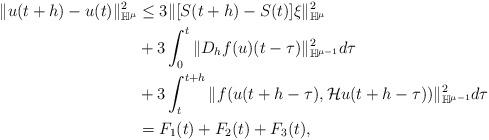
LaTeX: \begin{align*}\|u(t+h)-u(t)\|^2_{\mathbb H^\mu}&\le 3 \|[S(t+h)-S(t)]\xi\|^2_{\mathbb H^\mu} \\& + 3\int_0^t \|D_h f(u)(t-\tau)\|^2_{\mathbb H^{\mu-1}}d\tau\\& + 3\int_t^{t+h}\|f(u(t+h-\tau),\mathcal Hu(t+h-\tau))\|_{\mathbb H^{\mu-1}}^2d\tau\\& = F_1(t) + F_2(t) + F_3(t),\end{align*}